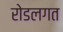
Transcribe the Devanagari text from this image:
रोडलगत